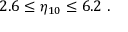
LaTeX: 2 . 6 \le \eta _ { 1 0 } \le 6 . 2 \ .